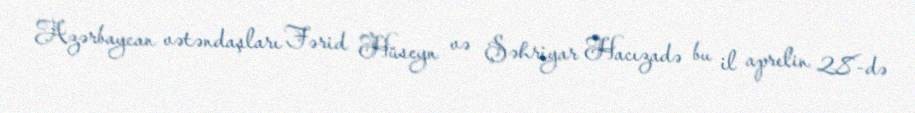
Azərbaycan vətəndaşları Fərid Hüseyn və Şəhriyar Hacızadə bu il aprelin 28-də